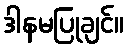
ဒါနမပြုချင်။